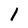
Character: 1